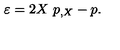
\varepsilon = 2 X \ p _ { , X } - p .